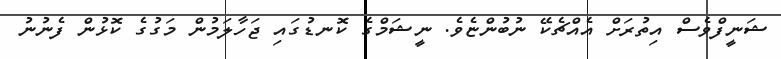
ޝަނީފްވެސް އިތުރަށް އެއްޗެކޭ ނުބުންޏެވެ. ނީޝަމްގެ ކޮނޑުގައި ޖަހާލަމުން މަގުގެ ކޮޅުން ފެނުނު